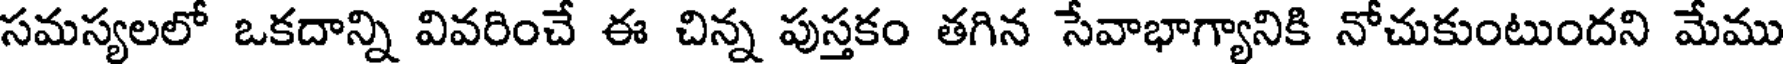
సమస్యలలో ఒకదాన్ని వివరించే ఈ చిన్న పుస్తకం తగిన సేవాభాగ్యానికి నోచుకుంటుందని మేము